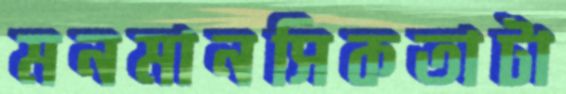
মনমানসিকতাটা